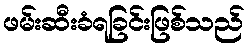
ဖမ်းဆီးခံရခြင်းဖြစ်သည်